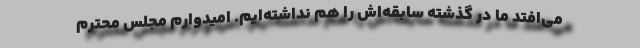
می‌افتد ما در گذشته سابقه‌اش را هم نداشته‌ایم. امیدوارم مجلس محترم